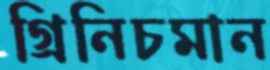
গ্রিনিচমান